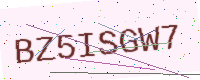
Text: BZ5ISGW7